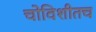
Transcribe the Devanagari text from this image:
चोविशीतच